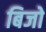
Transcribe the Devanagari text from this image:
बिजो